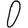
Digit: 0